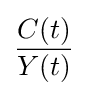
{\frac {C(t)}{Y(t)}}